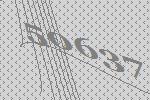
50637